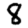
Digit: 8